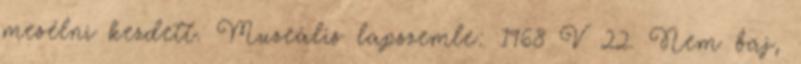
mesélni kezdett. Muzeális lapszemle: 1968 V 22. Nem baj,